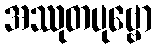
အဿုတပုဗ္ဗော